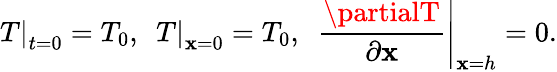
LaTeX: {\left.T\right|_{t=0}}={T_{0}},~~{\left.T\right|_{\mathbf{x}=0}}={T_{0}},~~{\left.{\frac{{{\partialT}}}{{{\partial\mathbf{x}}}}}\right|_{\mathbf{x}=h}}=0.